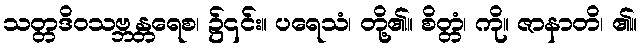
သတ္တဒိဝသဗ္ဘန္တရေစ၊ ၌၎င်း။ ပရေသံ၊ တို့၏။ စိတ္တံ၊ ကို။ ဇာနာတိ၊ ၏။